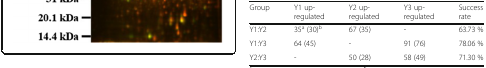
| Group | Y1 up-regulated | Y2 up-regulated | Y3 up-regulated | Success rate |
 | --- | --- | --- | --- | --- |
 | Y1:Y2 | 35a (30)b | 67 (35) | - | 63.73 % |
 | Y1:Y3 | 64 (45) | - | 91 (76) | 78.06 % |
 | Y2:Y3 | - | 50 (28) | 58 (49) | 71.30 % |